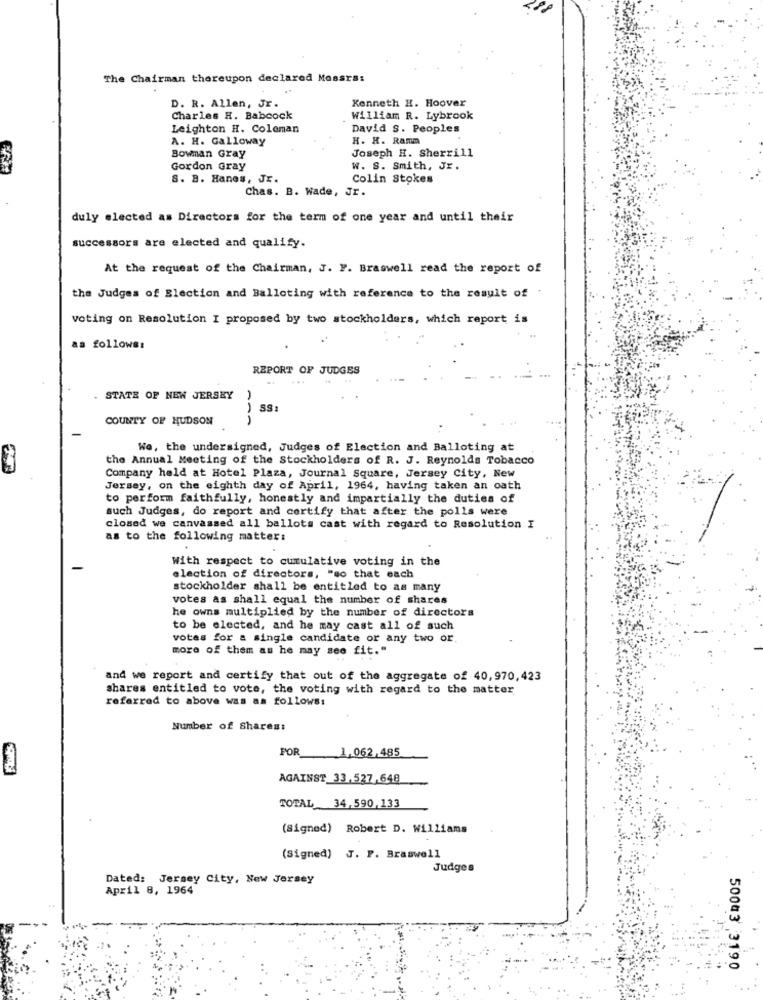
The Chairman thereupon declared Mossrs:
Kenneth H. Hoover
D. R. Allen, Jr.
Charles H. Babcock
William R. Lybrook
Leighton H. Coleman
David S. Peoples
A. H. Galloway
H. H. Ramm
Joseph H. Sherrill
Bowman Gray
Gordon Gray
W. S. Smith, Jr.
S. B. Hanes, Jr.
Colin Stokes
Chas. B. Wade, Jr.
duly elected as Directors for the term of one year and until their
successors are elected and qualify.
At the request of the Chairman, J. F. Braswell read the report of
the Judges of Election and Balloting with reference to the result of
voting on Resolution I proposed by two stockholders, which report is
as follows:
REPORT OF JUDGES
STATE OF NEW JERSEY
-
SS
COUNTY OF HUDSON
We, the undersigned, Judges of Election and Balloting at
the Annual Meeting of the Stockholders of R. J. Reynolds Tobacco
Company held at Hotel Plaza, Journal Square, Jersey City, New
Jersey, on the eighth day of April, 1964, having taken an oath
to perform faithfully, honestly and impartially the duties of
such Judges, do report and certify that after the polls were
closed we canvassed all ballots cast with regard to Resolution I
as to the following matter:
With respect to cumulative voting in the
election of directors, "so that each
stockholder shall be entitled to as many
votes as shall equal the number of shares
he owns multiplied by the number of directors
to be elected, and he may cast all of such
votes for a single candidate or any two or
more of them as he may see fit."
and we report and certify that out of the aggregate of 40,970,423
shares entitled to vote, the voting with regard to the matter
referred to above was as follows:
Number of Shares:
FOR
1,062, 485
AGAINST 33,527,648
TOTAL 34,590,133
(Signed) Robert D. Williams
(Signed) J. P. Braswell
Judges
Dated: Jersey City, New Jersey
April 8, 1964
50003 3190
..